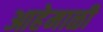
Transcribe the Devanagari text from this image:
आहेमाळी